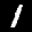
Label: 1